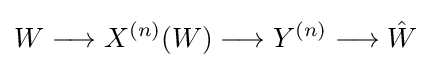
W\longrightarrow X^{(n)}(W)\longrightarrow Y^{(n)}\longrightarrow {\hat {W}}